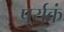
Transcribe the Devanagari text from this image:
पर्यकं